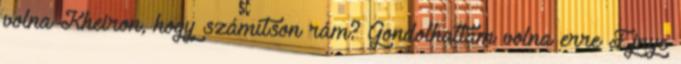
volna Kheiron, hogy számítson rám? Gondolhattam volna erre Ejnye